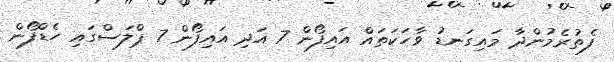
ފެތުރެމުންދާ މައިގަނޑު ވާހަކަތައް އައިފޯން 7 އަދި އައިފޯން 7 ޕްލަސްގައި ހެޑްފޯން